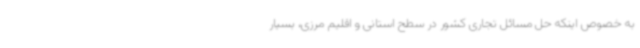
به خصوص اینکه حل مسائل تجاری کشور در سطح استانی و اقلیم مرزی، بسیار